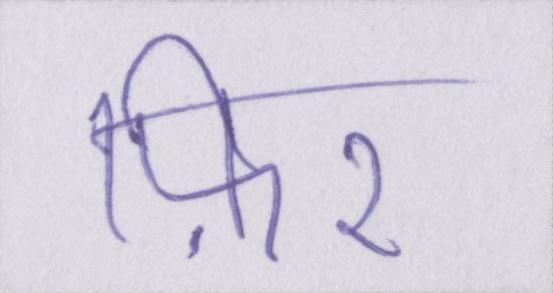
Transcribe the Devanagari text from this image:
फ़िर